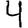
Digit: 4